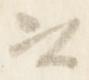
以